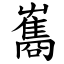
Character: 雟